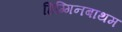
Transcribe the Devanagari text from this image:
हिग्गिनबाथम